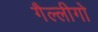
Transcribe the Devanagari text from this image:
गैल्लीगो